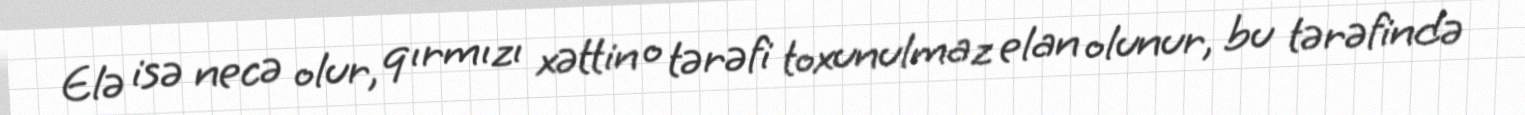
Elə isə necə olur, qırmızı xəttin o tərəfi toxunulmaz elan olunur, bu tərəfində